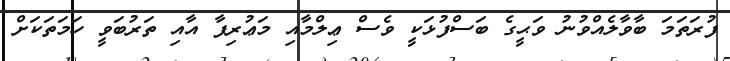
ފުރަތަމަ ބާވާލެއްވުނު ވަޙީގެ ބަސްފުޅަކީ ވެސް ޢިލްމާއި މަޢުރިފާ އާއި ތަރުބަވީ ހަމަތަކަށް